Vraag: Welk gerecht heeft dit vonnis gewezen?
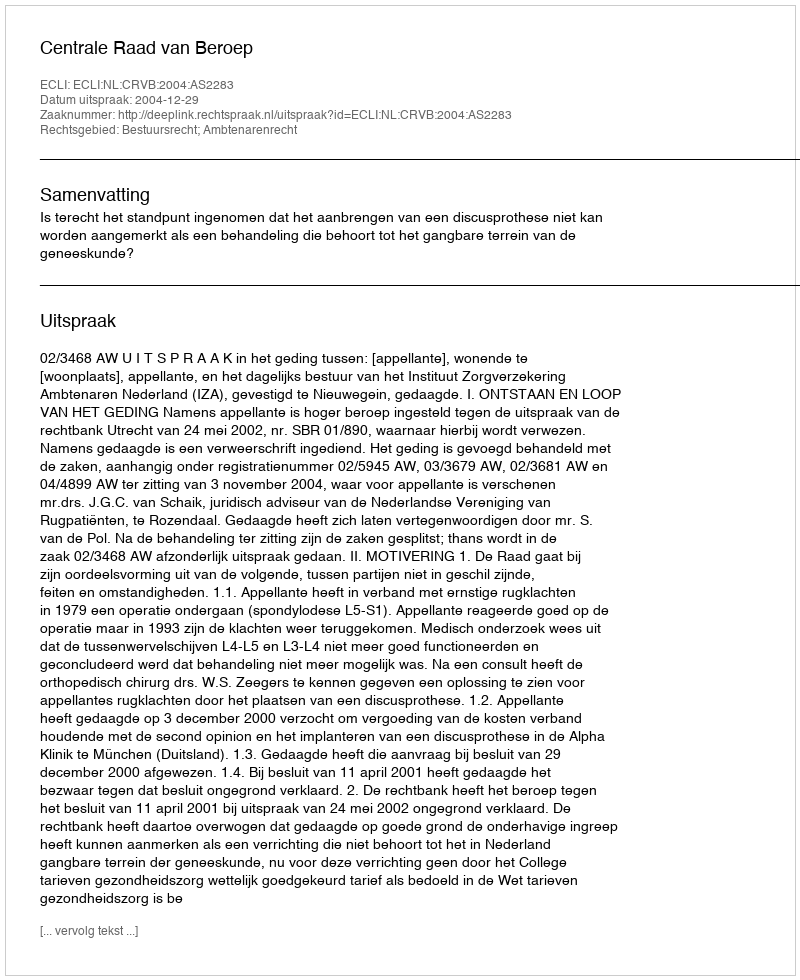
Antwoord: Centrale Raad van Beroep